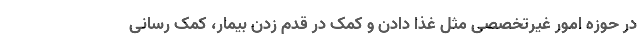
در حوزه امور غیرتخصصی مثل غذا دادن و کمک در قدم زدن بیمار، کمک رسانی